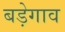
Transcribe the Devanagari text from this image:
बड़ेगाव